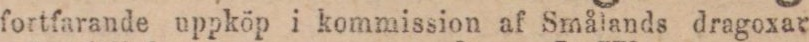
fortfarande uppköp i kommission af Smålands dragoxar